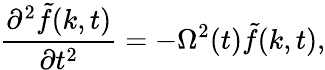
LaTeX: \frac{\partial^{2}\tilde{f}(k,t)}{\partial t^{2}}=-\Omega^{2}(t)\tilde{f}(k,t),